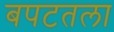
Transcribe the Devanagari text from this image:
बपटतला